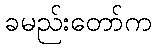
ခမည်းတော်က